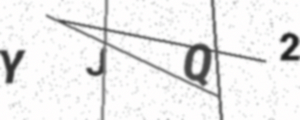
Text: YJQ2